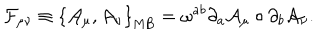
{ \mathcal { F } } _ { \mu \nu } \equiv \left\{ { \mathcal { A } } _ { \mu } , { \mathcal { A } } _ { \nu } \right\} _ { \mathrm { M B } } = \omega ^ { a b } \partial _ { a } { \mathcal { A } } _ { \mu } \circ \partial _ { b } { \mathcal { A } } _ { \nu } .